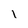
Character: l